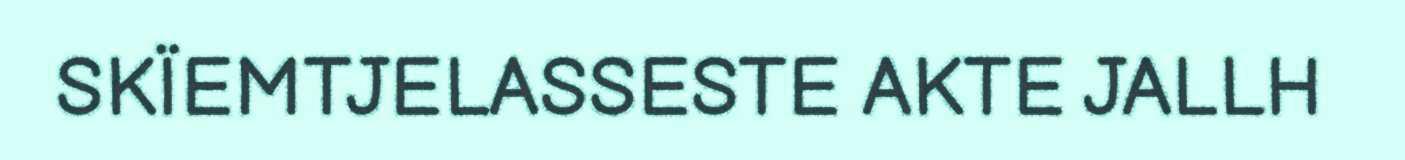
SKÏEMTJELASSESTE AKTE JALLH